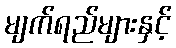
မျက်ရည်များနှင့်